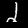
Label: 2